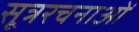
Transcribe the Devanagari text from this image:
सूत्ररचनाओं